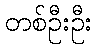
တစ်ဦးဦး